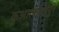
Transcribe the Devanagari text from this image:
कुआलालापुंर